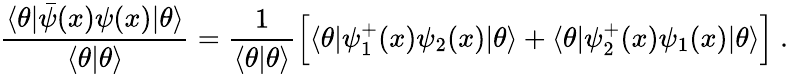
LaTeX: \frac{\langle\theta|\bar{\psi}(x)\psi(x)|\theta\rangle}{\langle\theta|\theta\rangle}=\frac{1}{\langle\theta|\theta\rangle}\Bigl[\langle\theta|\psi_{1}^{+}(x)\psi_{2}(x)|\theta\rangle+\langle\theta|\psi_{2}^{+}(x)\psi_{1}(x)|\theta\rangle\Bigr]\ .